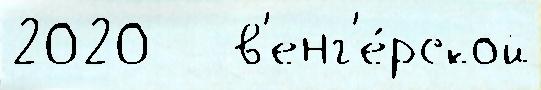
2020   в'енг'е́рской